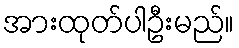
အားထုတ်ပါဦးမည်။